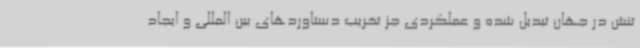
تنش در جهان تبدیل شده و عملکردی جز تخریب دستاوردهای بین المللی و ایجاد